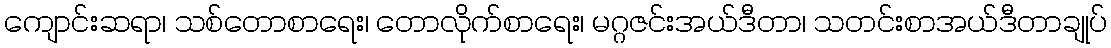
ကျောင်းဆရာ၊ သစ်တောစာရေး၊ တောလိုက်စာရေး၊ မဂ္ဂဇင်းအယ်ဒီတာ၊ သတင်းစာအယ်ဒီတာချုပ်